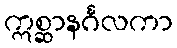
ဣစ္ဆာနင်္ဂလကာ